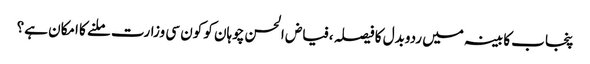
﻿ پنجاب کابینہ میں ردوبدل کا فیصلہ ،فیاض الحسن چوہان کو کون سی وزارت ملنے کا امکان ہے؟